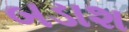
બડાશ